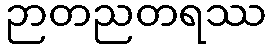
ဉာတညတရဿ